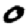
Digit: 0